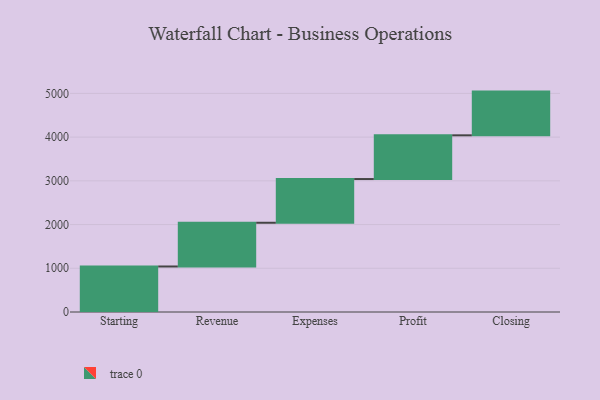
{"axis": {"x": "Step", "y": "Value"}, "legend": [""], "data": [{"x": "Starting", "y": 1041.0, "type": ""}, {"x": "Revenue", "y": 1000, "type": ""}, {"x": "Expenses", "y": 1000, "type": ""}, {"x": "Profit", "y": 1000, "type": ""}, {"x": "Closing", "y": 1000, "type": ""}]}